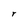
Character: r